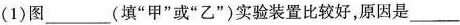
(1)图___(填”甲”或”乙”)实验装置比较好，原因是___